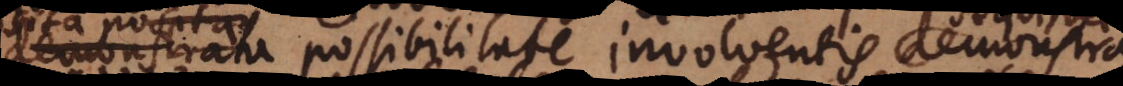
demonstrata possibilitate involventis demonstra